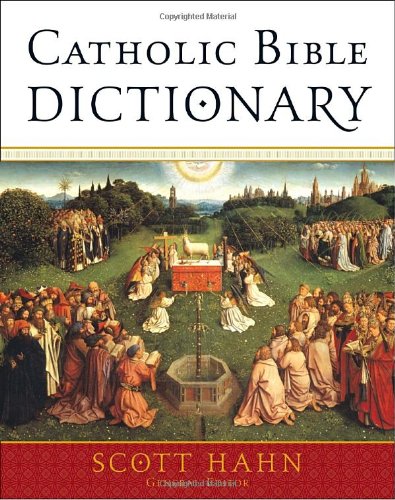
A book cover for Catholic Bible Dictionary; Christian Books & Bibles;